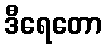
ဒီရေတော